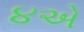
૪એ